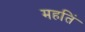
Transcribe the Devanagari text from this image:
महतिं